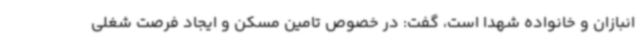
انبازان و خانواده شهدا است، گفت: در خصوص تامین مسکن و ایجاد فرصت شغلی